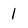
Character: 1